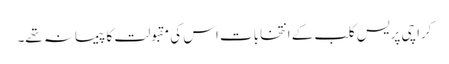
کراچی پریس کلب کے انتخابات اس کی مقبولت کا پیمانہ تھے۔